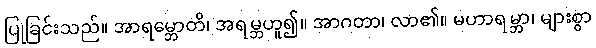
ပြုခြင်းသည်။ အာရမ္ဘောတိ၊ အရမ္ဘဟူ၍။ အာဂတာ၊ လာ၏။ မဟာရမ္ဘာ၊ များစွာ